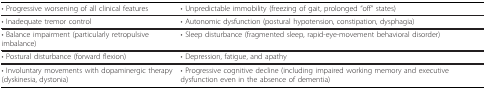
<table><thead><tr><td><b>• Progressive worsening of all clinical features</b></td><td><b>• Unpredictable immobility (freezing of gait, prolonged &quot;off&quot; states)</b></td></tr></thead><tbody><tr><td>• Inadequate tremor control</td><td>• Autonomic dysfunction (postural hypotension, constipation, dysphagia)</td></tr><tr><td>• Balance impairment (particularly retropulsive imbalance)</td><td>• Sleep disturbance (fragmented sleep, rapid-eye-movement behavioral disorder)</td></tr><tr><td>• Postural disturbance (forward flexion)</td><td>• Depression, fatigue, and apathy</td></tr><tr><td>• Involuntary movements with dopaminergic therapy (dyskinesia, dystonia)</td><td>• Progressive cognitive decline (including impaired working memory and executive dysfunction even in the absence of dementia)</td></tr></tbody></table>